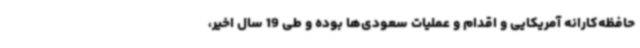
حافظه‌کارانه آمریکایی و اقدام و عملیات سعودی‌ها بوده و طی 19 سال اخیر،